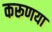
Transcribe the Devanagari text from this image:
करूणया